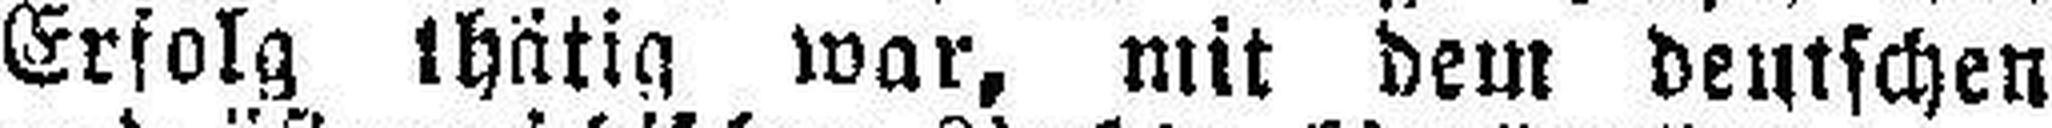
Erfolg thätig war, mit dem deutschen